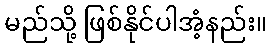
မည်သို့ ဖြစ်နိုင်ပါအံ့နည်း။